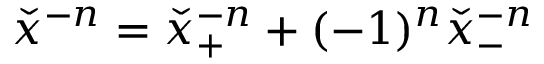
{ \check { x } } ^ { - n } = { \check { x } } _ { + } ^ { - n } + ( - 1 ) ^ { n } { \check { x } } _ { - } ^ { - n }